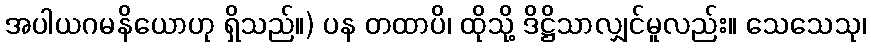
အပါယဂမနိယောဟု ရှိသည်။) ပန တထာပိ၊ ထိုသို့ ဒိဋ္ဌိသာလျှင်မူလည်း။ သေသေသု၊